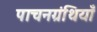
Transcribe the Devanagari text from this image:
पाचनग्रंथियाँ